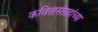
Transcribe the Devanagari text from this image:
कवितासंग्रहांच्या